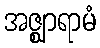
အဇ္ဈာရာမံ